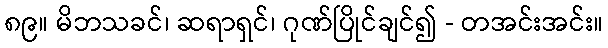
၈၉။ မိဘသခင်၊ ဆရာရှင်၊ ဂုဏ်ပြိုင်ချင်၍ - တအင်းအင်း။